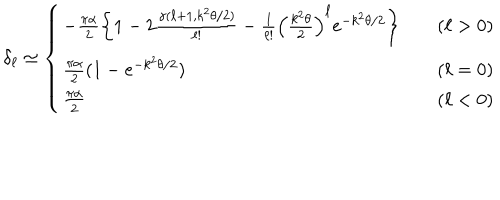
\delta _ { \ell } \simeq \left\{ \begin{array} { l l } { { - \frac { \pi \alpha } { 2 } \left\{ 1 - 2 \frac { \gamma ( \ell + 1 , k ^ { 2 } \theta / 2 ) } { \ell ! } - \frac { 1 } { \ell ! } \left( \frac { k ^ { 2 } \theta } { 2 } \right) ^ { \ell } e ^ { - k ^ { 2 } \theta / 2 } \right\} } } & { { \quad ( \ell > 0 ) } } \\ { { \frac { \pi \alpha } { 2 } ( 1 - e ^ { - k ^ { 2 } \theta / 2 } ) } } & { { \quad ( \ell = 0 ) } } \\ { { \frac { \pi \alpha } { 2 } } } & { { \quad ( \ell < 0 ) } } \\ \end{array} \right.